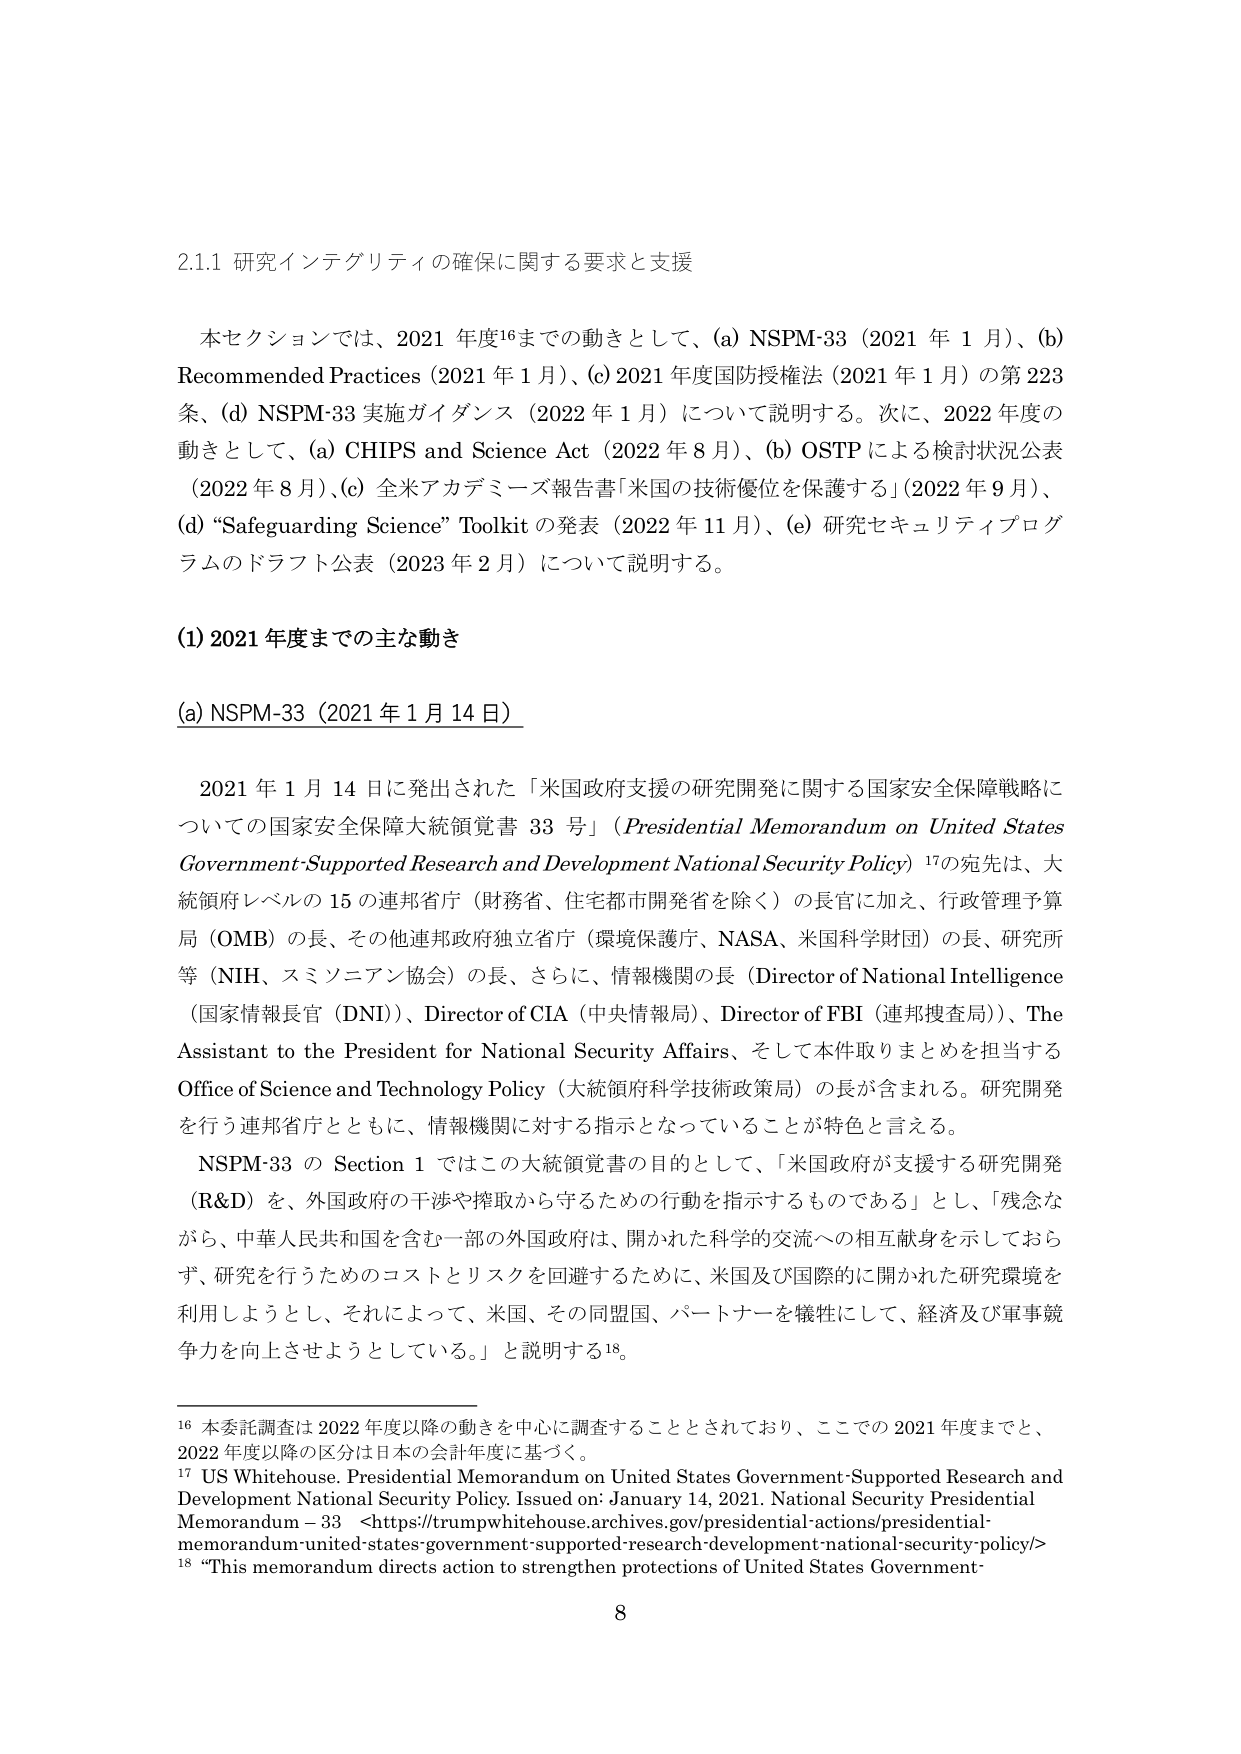
2.1.1 研究インテグリティの確保に関する要求と支援

本セクションでは、2021年度¹⁶までの動きとして、(a) NSPM-33（2021年1月）、(b) Recommended Practices（2021年1月）、(c) 2021年度国防授権法（2021年1月）の第223条、(d) NSPM-33実施ガイダンス（2022年1月）について説明する。次に、2022年度の動きとして、(a) CHIPS and Science Act（2022年8月）、(b) OSTPによる検討状況公表（2022年8月）、(c) 全米アカデミーズ報告書「米国の技術優位を保護する」（2022年9月）、(d) “Safeguarding Science” Toolkitの発表（2022年11月）、(e) 研究セキュリティプログラムのドラフト公表（2023年2月）について説明する。

(1) 2021年度までの主な動き

(a) NSPM-33（2021年1月14日）

2021年1月14日に発出された「米国政府支援の研究開発に関する国家安全保障戦略についての国家安全保障大統領覚書33号」（Presidential Memorandum on United States Government-Supported Research and Development National Security Policy）¹⁷の宛先は、大統領府レベルの15の連邦省庁（財務省、住宅都市開発省を除く）の長官に加え、行政管理予算局（OMB）の長、その他連邦政府独立省庁（環境保護庁、NASA、米国科学財団）の長、研究所等（NIH、スミソニアン協会）の長、さらに、情報機関の長（Director of National Intelligence（国家情報長官（DNI））、Director of CIA（中央情報局）、Director of FBI（連邦捜査局））、The Assistant to the President for National Security Affairs、そして本件取りまとめを担当するOffice of Science and Technology Policy（大統領府科学技術政策局）の長が含まれる。研究開発を行う連邦省庁とともに、情報機関に対する指示となっていることが特色と言える。

NSPM-33のSection 1ではこの大統領覚書の目的として、「米国政府が支援する研究開発（R&D）を、外国政府の干渉や搾取から守るための行動を指示するものである」とし、「残念ながら、中華人民共和国を含む一部の外国政府は、開かれた科学的交流への相互献身を示しておらず、研究を行うためのコストとリスクを回避するために、米国及び国際的に開かれた研究環境を利用しようとし、それによって、米国、その同盟国、パートナーを犠牲にして、経済及び軍事競争力を向上させようとしている。」と説明する¹⁸。

¹⁶ 本委託調査は2022年度以降の動きを中心に調査することとされており、ここでの2021年度までと、2022年度以降の区分は日本の会計年度に基づく。

¹⁷ US Whitehouse. Presidential Memorandum on United States Government-Supported Research and Development National Security Policy. Issued on: January 14, 2021. National Security Presidential Memorandum – 33 <https://trumpwhitehouse.archives.gov/presidential-actions/presidential-memorandum-united-states-government-supported-research-development-national-security-policy/>

¹⁸ “This memorandum directs action to strengthen protections of United States Government-

8